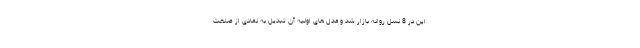
این در 8 نسل روانه بازار شد و مدل های اولیه آن تبدیل به نمادی از صنعت